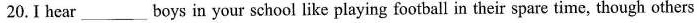
20.I hear ___ boys in your school like playing football in their spare time, though others